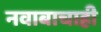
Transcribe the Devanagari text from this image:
नवाबाचाही